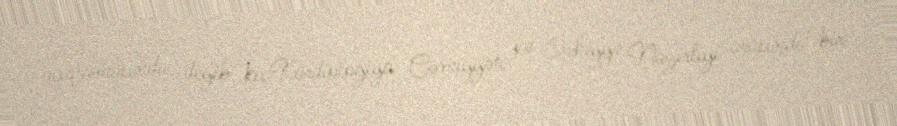
açıqlamasında deyib ki, Kardiologiya Cəmiyyəti və Səhiyyə Nazirliyi arasında bir